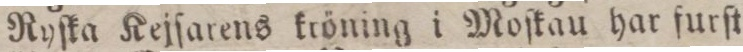
Ryſka Kejſarens kröning i Moſkau har furſt